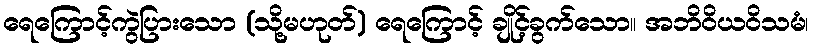
ရေကြောင့်ကွဲပြားသော (သို့မဟုတ်) ရေကြောင့် ချိုင့်ခွက်သော။ အဘိဝိယဝိသမံ၊